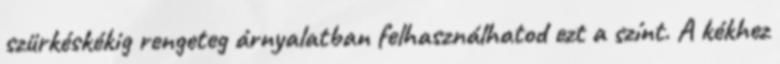
szürkéskékig rengeteg árnyalatban felhasználhatod ezt a színt. A kékhez